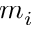
m _ { i }